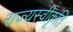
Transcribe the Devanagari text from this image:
राज्यस्वीकृति